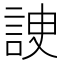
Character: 䛕